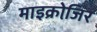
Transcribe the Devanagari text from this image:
माइक्रोजि़र